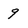
Character: 9